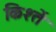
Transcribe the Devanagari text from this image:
किश्तें